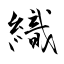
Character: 織